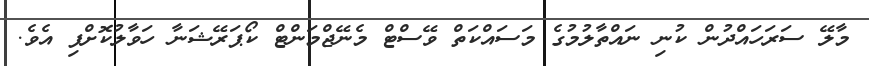
މާލޭ ސަރަހައްދުން ކުނި ނައްތާލުމުގެ މަސައްކަތް ވޭސްޓް މެނޭޖްމަންޓް ކޯޕަރޭޝަނާ ހަވާލުކޮށްފި އެވެ.